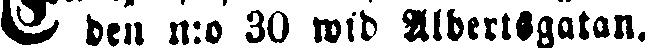
V den n:o 30 wid Albertsgatan.